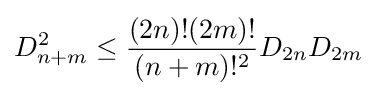
D_{n+m}^{2}\leq {\frac {(2n)!(2m)!}{(n+m)!^{2}}}D_{2n}D_{2m}